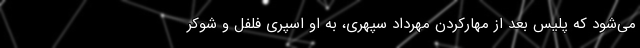
می‌شود که پلیس بعد از مهارکردن مهرداد سپهری، به او اسپری فلفل و شوکر